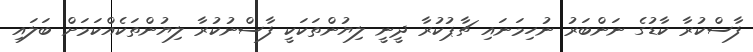
ފާސްކުރާ ކާޑުގެ ނަންބަރު ނުހިމަނައި ޗާޕުކުރާ ދީނީ ލިޔުންތަކަކީ ފާސްނުކުރާ ލިޔުންތަކެއްކަމަށް ބަލައި